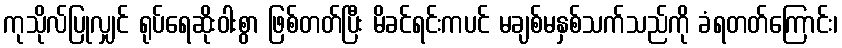
ကုသိုလ်ပြုလျှင် ရုပ်ရေဆိုးဝါးစွာ ဖြစ်တတ်ပြီး မိခင်ရင်းကပင် မချစ်မနှစ်သက်သည်ကို ခံရတတ်ကြောင်း၊